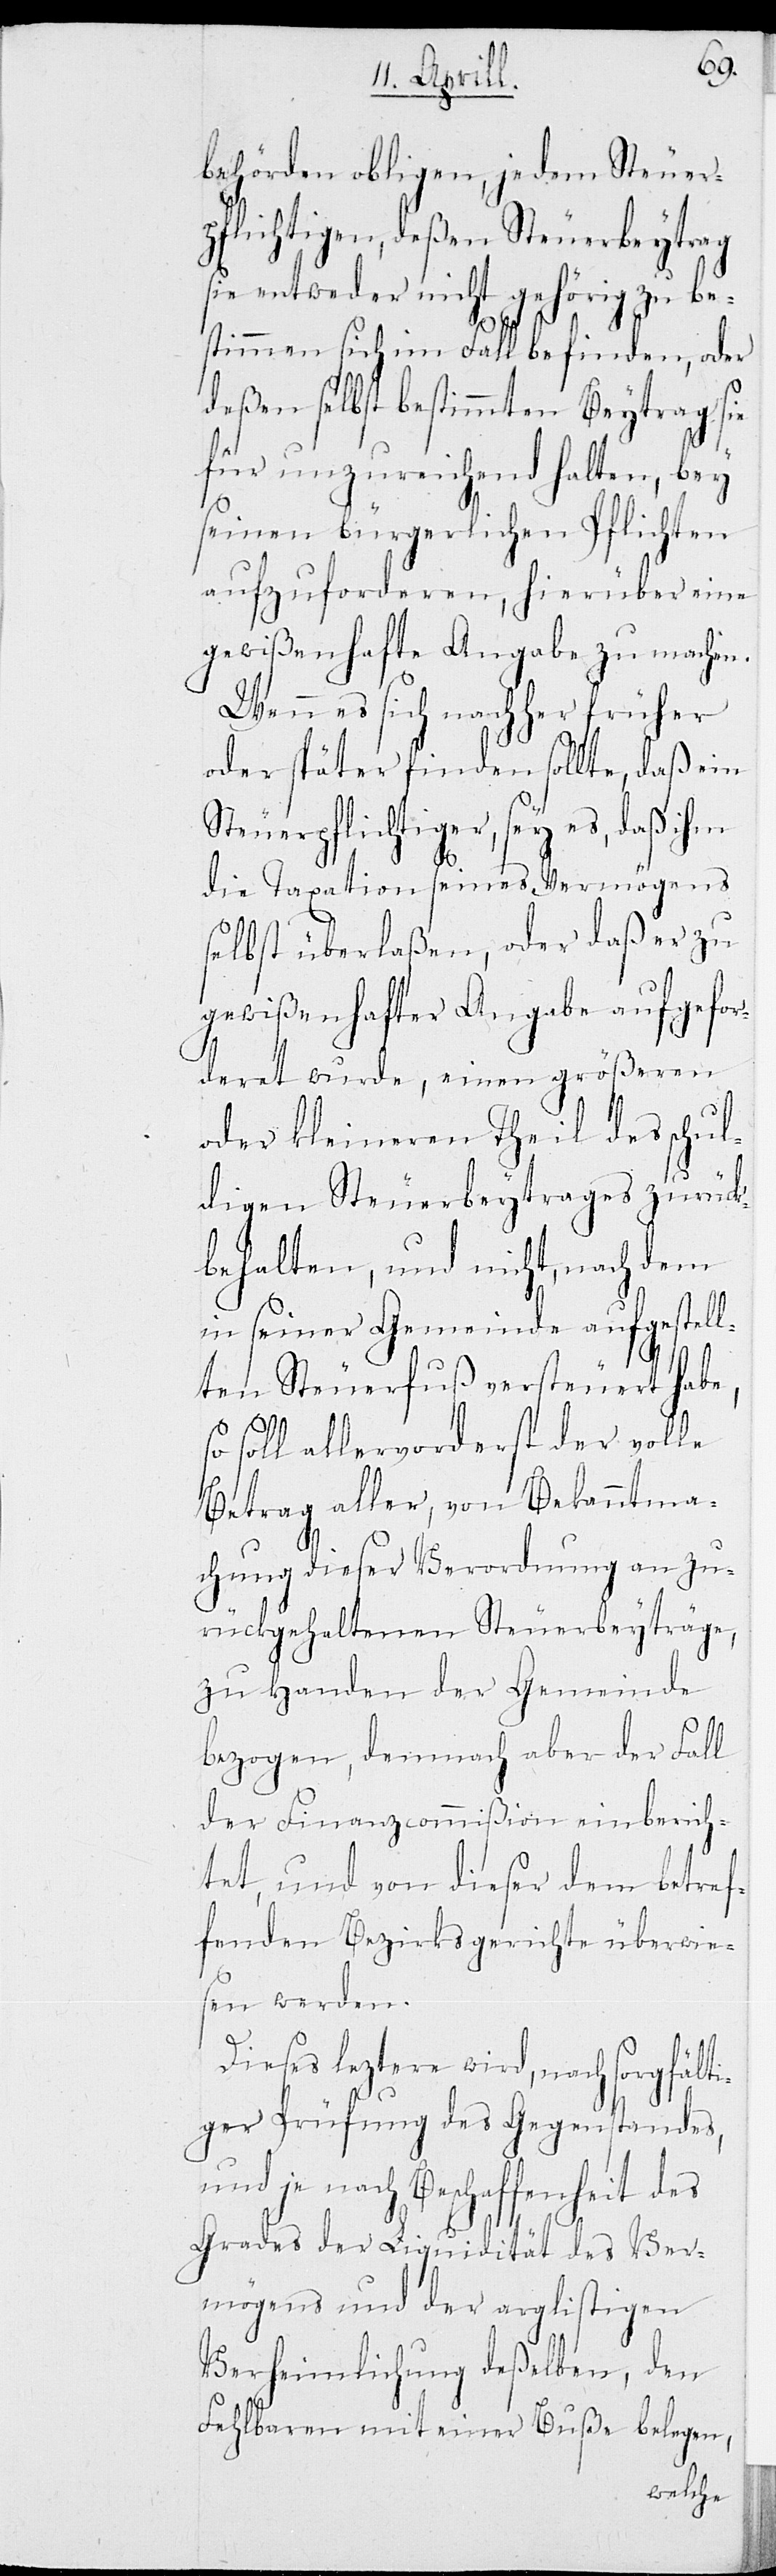
behörden obligen, jedem Steuer¬
pflichtigen, deßen Steuerbeytrag
sie entweder nicht gehörig zu be¬
stimmen sich im Fall befinden, oder
deßen selbst bestimmten Beytrag sie
für unzureichend halten, bey
seinen bürgerlichen Pflichten
aufzuforderen, hierüber eine
gewißenhafte Angabe zu machen.
Wenn es sich nachher früher
oder später finden sollte, daß ein
Steuerpflichtiger, sey es, daß ihm
die Taxation seines Vermögens
selbst überlaßen, oder daß er zu
gewißenhafter Angabe aufgefor¬
deret wurde, einen größeren
oder kleineren Theil des schul¬
digen Steuerbeytrages zurück¬
behalten, und nicht, nach dem
in seiner Gemeinde aufgestel¬
lten Steuerfuß versteuert habe,
soll allervorderst der volle
Betrag aller, von Bekanntma¬
chung dieser Verordnung an zu¬
rückgehaltenen Steuerbeyträge,
zu Handen der Gemeinde
bezogen, demnach aber der Fall
der Finanzcommißion einberich¬
tet, und von dieser dem betref¬
fenden Bezirksgericht übermac¬
ht werden.
Dieses leztere wird, nach sorgfälti¬
ger Prüfung des Gegenstandes,
je nach Beschaffenheit des
Grades der Liquidität des Ver¬
mögens und der arglistigen
Verheimlichung deßelben, den
Fehlbaren mit einer Buße belegen,